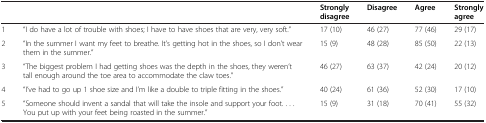
<table><thead><tr><td><b> </b></td><td><b> </b></td><td><b>Strongly disagree</b></td><td><b>Disagree</b></td><td><b>Agree</b></td><td><b>Strongly agree</b></td></tr></thead><tbody><tr><td>1</td><td>“I do have a lot of trouble with shoes; I have to have shoes that are very, very soft.”</td><td>17 (10)</td><td>46 (27)</td><td>77 (46)</td><td>29 (17)</td></tr><tr><td>2</td><td>“In the summer I want my feet to breathe. It’s getting hot in the shoes, so I don’t wear them in the summer.”</td><td>15 (9)</td><td>48 (28)</td><td>85 (50)</td><td>22 (13)</td></tr><tr><td>3</td><td>“The biggest problem I had getting shoes was the depth in the shoes, they weren’t tall enough around the toe area to accommodate the claw toes.”</td><td>46 (27)</td><td>63 (37)</td><td>42 (24)</td><td>20 (12)</td></tr><tr><td>4</td><td>“I’ve had to go up 1 shoe size and I’m like a double to triple fitting in the shoes.”</td><td>40 (24)</td><td>61 (36)</td><td>52 (30)</td><td>17 (10)</td></tr><tr><td>5</td><td>“Someone should invent a sandal that will take the insole and support your foot. . . . You put up with your feet being roasted in the summer.”</td><td>15 (9)</td><td>31 (18)</td><td>70 (41)</td><td>55 (32)</td></tr></tbody></table>